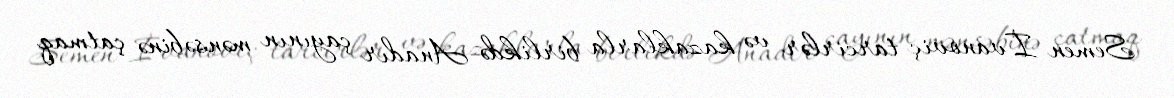
Semen İvanoviç tarcirlər və kazaklarla birlikdə Anadır çayının mənsəbinə çatmaq